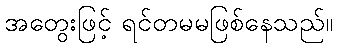
အတွေးဖြင့် ရင်တမမဖြစ်နေသည်။